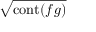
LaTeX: \sqrt { \operatorname { c o n t } ( f g ) }